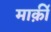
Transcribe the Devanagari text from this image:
मार्क़ी